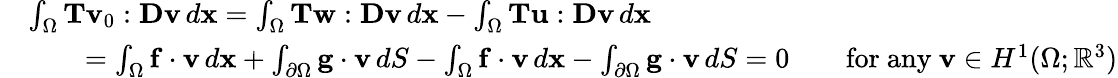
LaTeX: \begin{array}{rl}&{\int_{\Omega}{\mathbf T}{\mathbf v}_{0}:{\mathbf D}{\mathbf v}\, d{\mathbf x}=\int_{\Omega}{\mathbf T}{\mathbf w}:{\mathbf D}{\mathbf v}\, d{\mathbf x}-\int_{\Omega}{\mathbf T}{\mathbf u}:{\mathbf D}{\mathbf v}\, d{\mathbf x}}\\ &{\qquad=\int_{\Omega}{\mathbf f}\cdot{\mathbf v}\, d{\mathbf x}+\int_{\partial\Omega}{\mathbf g}\cdot{\mathbf v}\, dS-\int_{\Omega}{\mathbf f}\cdot{\mathbf v}\, d{\mathbf x}-\int_{\partial\Omega}{\mathbf g}\cdot{\mathbf v}\, dS=0\qquad\mathrm{for~any~}{\mathbf v}\in H^{1}(\Omega;\mathbb{R}^{3})}\end{array}